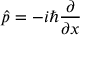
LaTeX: { \hat { p } } = - i \hbar { \frac { \partial } { \partial x } }